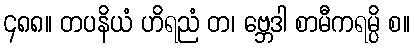
၄၈၈။ တပနိယံ ဟိရညံ တ၊ ဗ္ဘေဒါ စာမီကရမ္ပိ စ။